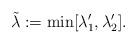
LaTeX: \begin{align*} \tilde \lambda := \min [\lambda'_1 , \lambda'_2]. \end{align*}